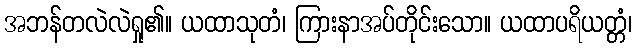
အဘန်တလဲလဲရှု၏။ ယထာသုတံ၊ ကြားနာအပ်တိုင်းသော။ ယထာပရိယတ္တံ၊